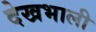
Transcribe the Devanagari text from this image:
देखभाली